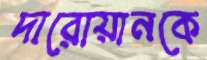
দারোয়ানকে